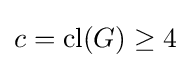
c=\mathrm {cl} (G)\geq 4